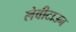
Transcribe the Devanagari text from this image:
लेवीटाउन